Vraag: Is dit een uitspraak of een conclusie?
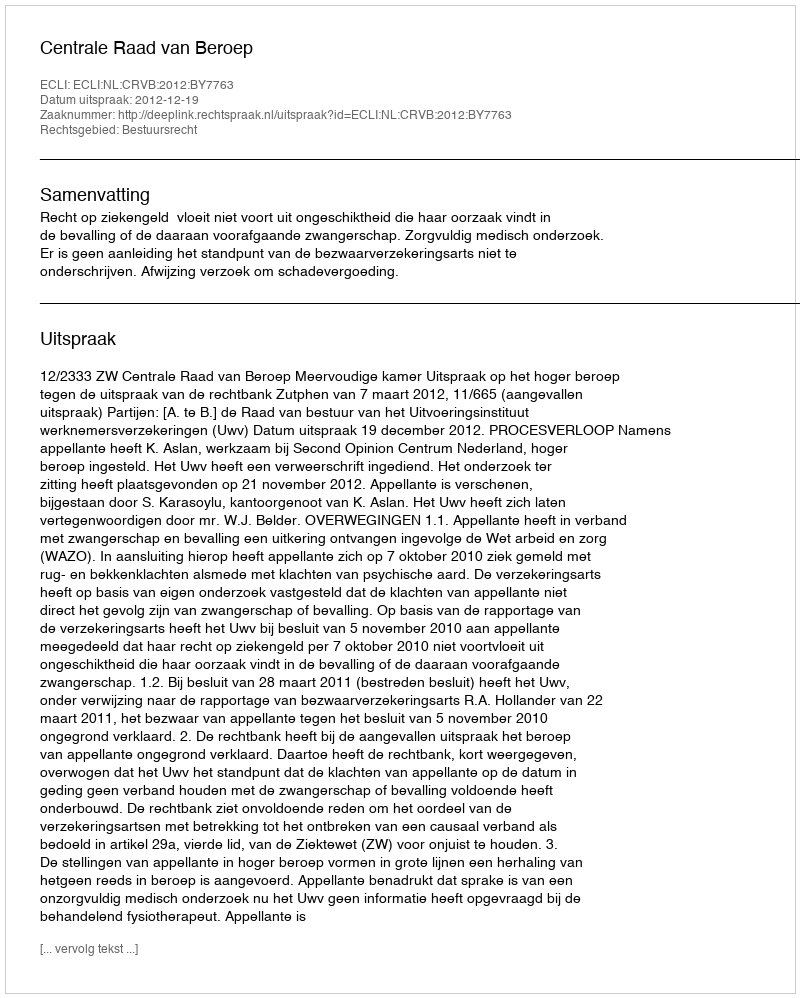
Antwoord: Uitspraak